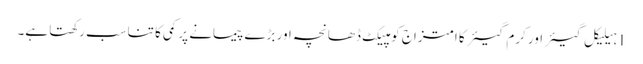
1 ہیلیکل گیئر اور کرم گیئر کا امتزاج کومپیکٹ ڈھانچہ اور بڑے پیمانے پر کمی کا تناسب رکھتا ہے۔